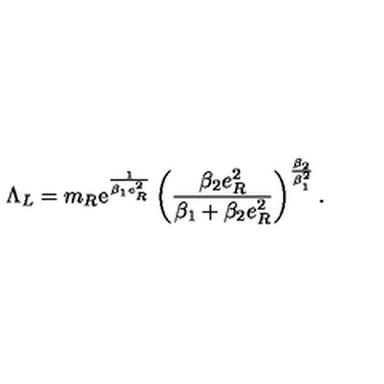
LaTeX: \Lambda _ { L } = m _ { R } \mathrm { e } ^ { \frac { 1 } { \beta _ { 1 } e _ { R } ^ { 2 } } } \left( \frac { \beta _ { 2 } e _ { R } ^ { 2 } } { \beta _ { 1 } + \beta _ { 2 } e _ { R } ^ { 2 } } \right) ^ { \frac { \beta _ { 2 } } { \beta _ { 1 } ^ { 2 } } } .